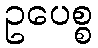
ဥပေစ္စ